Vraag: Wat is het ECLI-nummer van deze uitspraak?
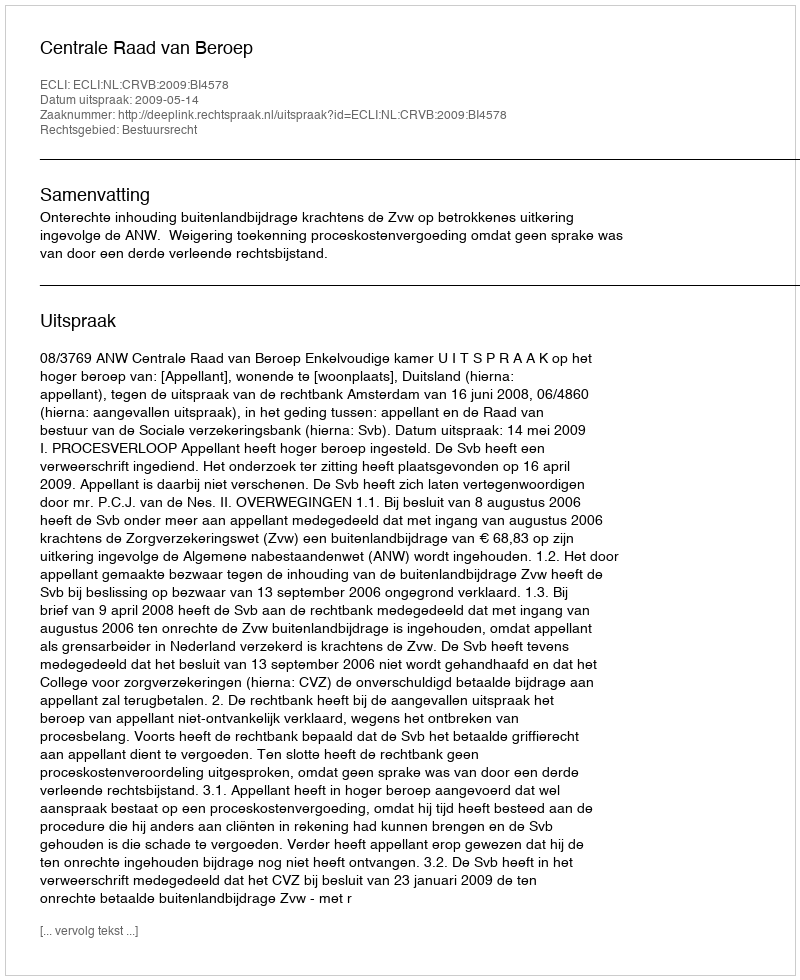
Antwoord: ECLI:NL:CRVB:2009:BI4578